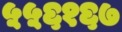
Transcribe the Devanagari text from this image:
५५६१६७